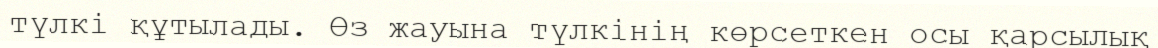
түлкі құтылады. Өз жауына түлкінің көрсеткен осы қарсылық